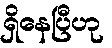
ရှိနေပြီဟု